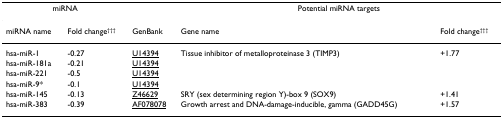
<table><thead><tr><td colspan="2"><b>miRNA</b></td><td></td><td colspan="2"><b>Potential miRNA targets</b></td></tr></thead><tbody><tr><td>miRNA name</td><td>Fold change<sup>†††</sup></td><td>GenBank</td><td>Gene name</td><td>Fold change<sup>†††</sup></td></tr><tr><td>hsa-miR-1</td><td>-0.27</td><td>U14394</td><td>Tissue inhibitor of metalloproteinase 3 (TIMP3)</td><td>+1.77</td></tr><tr><td>hsa-miR-181a</td><td>-0.21</td><td>U14394</td><td></td><td></td></tr><tr><td>hsa-miR-221</td><td>-0.5</td><td>U14394</td><td></td><td></td></tr><tr><td>hsa-miR-9*</td><td>-0.1</td><td>U14394</td><td></td><td></td></tr><tr><td>hsa-miR-145</td><td>-0.13</td><td>Z46629</td><td>SRY (sex determining region Y)-box 9 (SOX9)</td><td>+1.41</td></tr><tr><td>hsa-miR-383</td><td>-0.39</td><td>AF078078</td><td>Growth arrest and DNA-damage-inducible, gamma (GADD45G)</td><td>+1.57</td></tr></tbody></table>